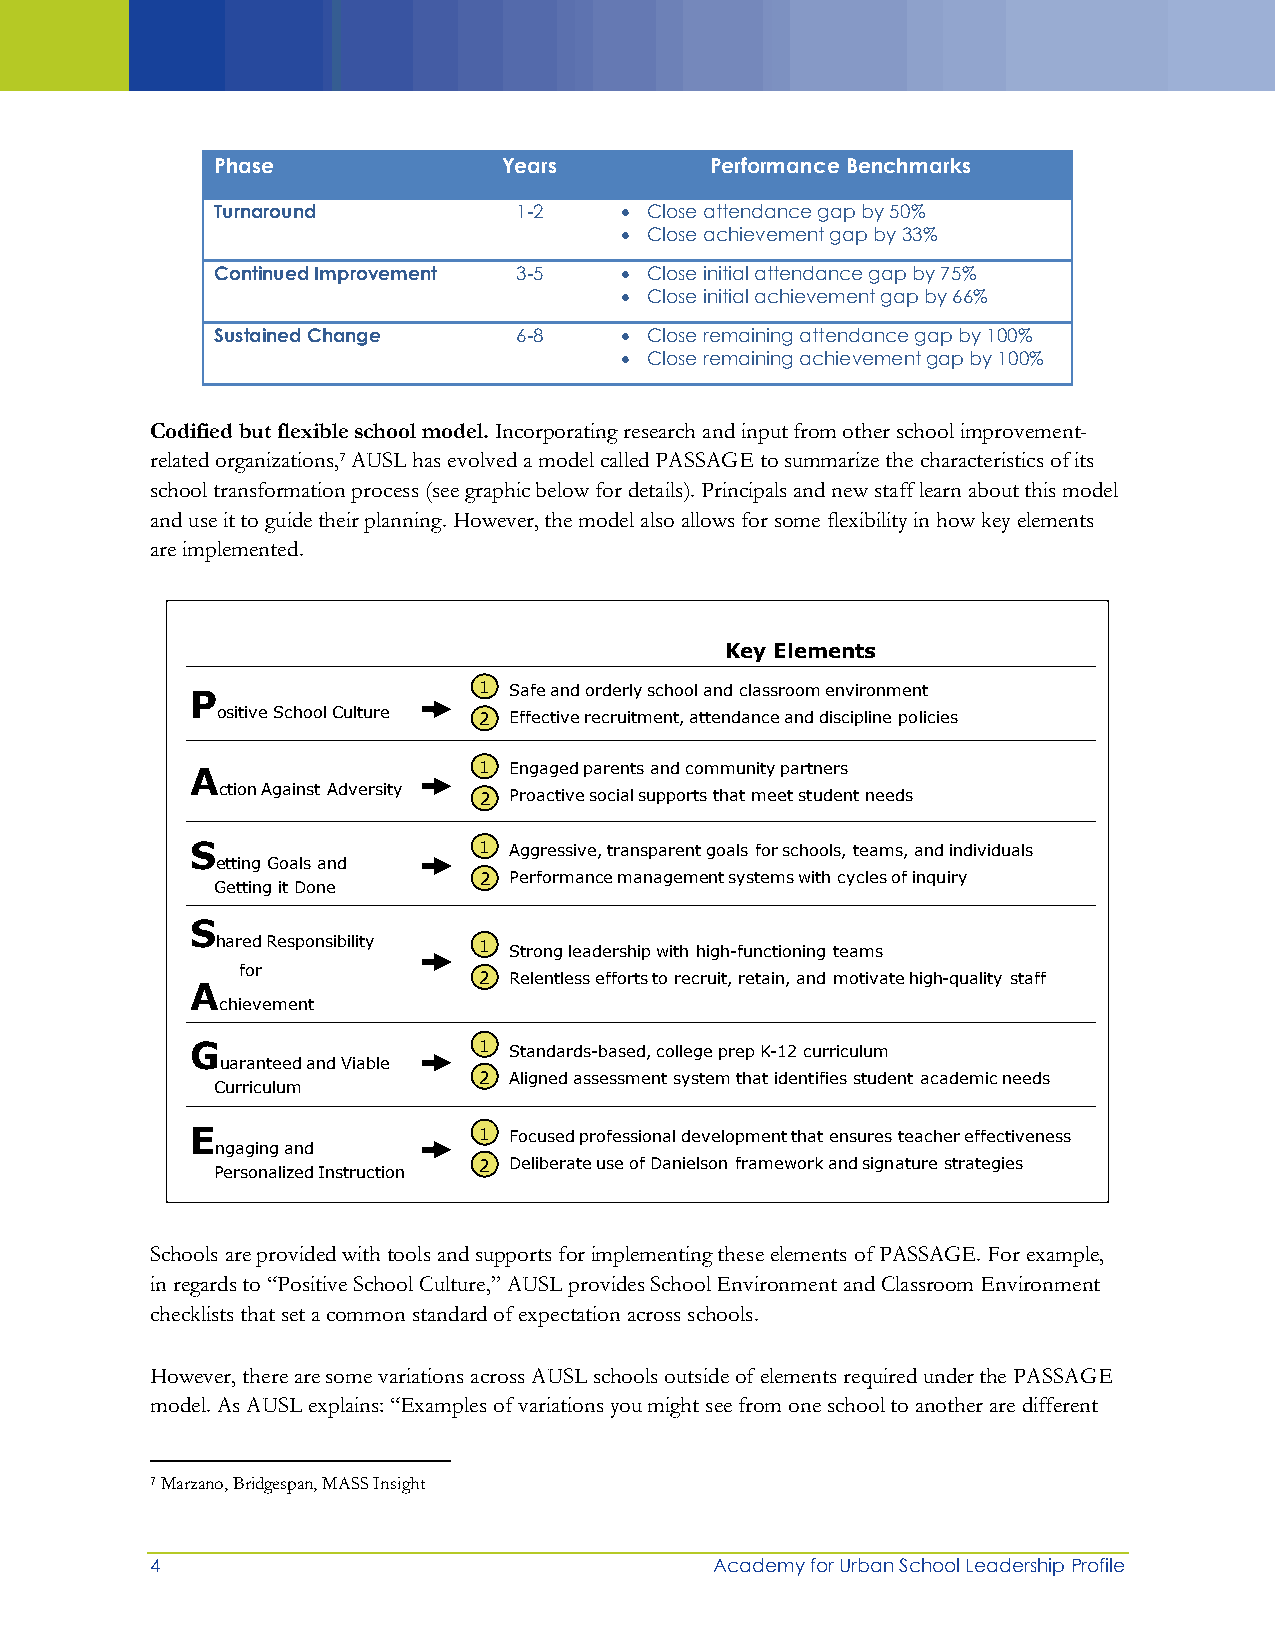
Phase              Years         Performance Benchmarks
 Turnaround          1-2     Close attendance gap by 50%
  Close achievement gap by 33%
 Continued Improvement 3-5   Close initial attendance gap by 75%
  Close initial achievement gap by 66%
 Sustained Change    6-8     Close remaining attendance gap by 100%
  Close remaining achievement gap by 100%
 Codified but flexible school model. Incorporating research and input from other school improvement-
 related organizations,7 AUSL has evolved a model called PASSAGE to summarize the characteristics of its
 school transformation process (see graphic below for details). Principals and new staff learn about this model
 and use it to guide their planning. However, the model also allows for some flexibility in how key elements
 are implemented.
 Key Elements
 P                  1 Safe and orderly school and classroom environment
 ositive School Culture 2 Effective recruitment, attendance and discipline policies
 A                  1 Engaged parents and community partners
 ction Against Adversity 2 Proactive social supports that meet student needs
 S                  1 Aggressive, transparent goals for schools, teams, and individuals
 etting Goals and
 2 Performance management systems with cycles of inquiry
 Getting it Done
 S
 hared Responsibility 1 Strong leadership with high-functioning teams
 for
 2 Relentless efforts to recruit, retain, and motivate high-quality staff
 A
 chievement
 G                  1 Standards-based, college prepK-12 curriculum
 uaranteed and Viable
 2 Aligned assessment system that identifies student academic needs
 Curriculum
 E                  1 Focused professional development that ensures teacher effectiveness
 ngaging and
 2 Deliberate use of Danielson framework and signature strategies
 Personalized Instruction
 Schools are provided with tools and supports for implementing these elements of PASSAGE. For example,
 in regards to “Positive School Culture,” AUSL provides School Environment and Classroom Environment
 checklists that set a common standard of expectation across schools.
 However, there are some variations across AUSL schools outside of elements required under the PASSAGE
 model. As AUSL explains: “Examples of variations you might see from one school to another are different
 7 Marzano, Bridgespan, MASS Insight
 4                                    Academy for Urban School Leadership Profile